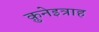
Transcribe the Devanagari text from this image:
क़ुनेइत्राह